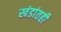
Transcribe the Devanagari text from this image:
खंडांतही